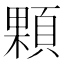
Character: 顆